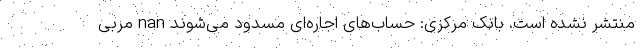
منتشر نشده است. بانک مرکزی: حساب‌های اجاره‌ای مسدود می‌شوند nan مربی